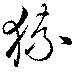
猿